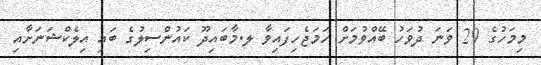
މިމަހުގެ 29 ވަނަ ދުވަހު ބޭއްވުމަށް ހަމަޖެހިފައިވާ ލ.މާބައިދޫ ކައުންސިލުގެ ބައި އިލެކްޝަނަށާއި